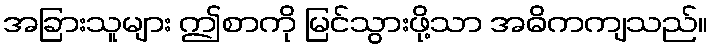
အခြားသူများ ဤစာကို မြင်သွားဖို့သာ အဓိကကျသည်။